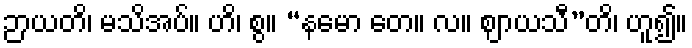
ဉာယတိ၊ မသိအပ်။ ဟိ၊ စွ။ “နမော တေ။ လ။ ဈာယသီ”တိ၊ ဟူ၍။